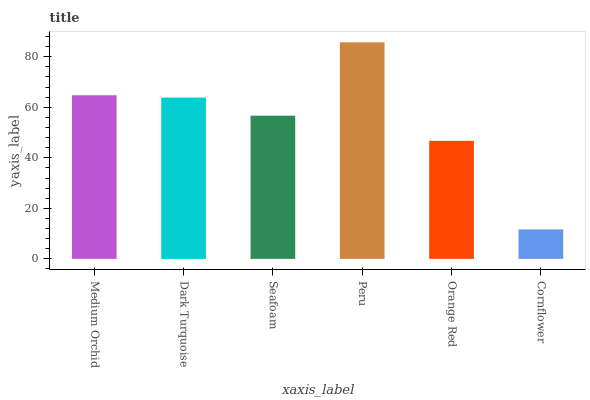
| xaxis_label | bars |
 | --- | --- |
 | Medium Orchid | 64.7 |
 | Dark Turquoise | 63.8 |
 | Seafoam | 56.7 |
 | Peru | 85.7 |
 | Orange Red | 46.7 |
 | Cornflower | 11.7 |